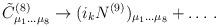
LaTeX: \begin{align*}{\tilde C}^{(8)}_{\mu_1\dots\mu_8}\rightarrow (i_k N^{(9)})_{\mu_1\dots\mu_8}+\dots\, .\end{align*}